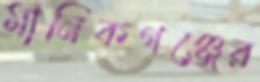
মানিকগঞ্জের